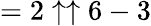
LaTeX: =2\uparrow\uparrow 6-3